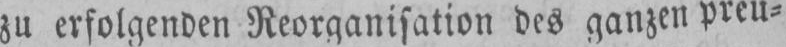
zu erfolgenden Reorganisation des ganzen preu⸗